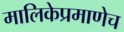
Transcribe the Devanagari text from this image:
मालिकेप्रमाणेच